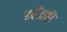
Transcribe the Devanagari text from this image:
हरीतकीं